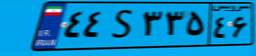
۴۴S۳۳۵۴۶